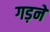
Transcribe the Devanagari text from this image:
गड़ने